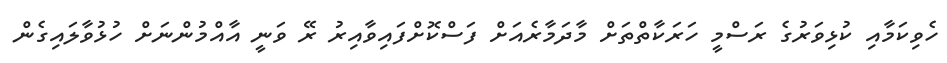
ހެވިކަމާއި ކުޅިވަރުގެ ރަސްމީ ހަރަކާތްތަށް މާދަމާރެއަށް ފަސްކޮށްފައިވާއިރު ރޭ ވަނީ އާއްމުންނަށް ހުޅުވާލައިގެން